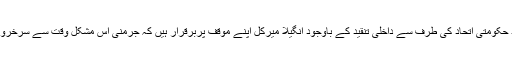
اپنے قدامت پسند حکومتی اتحاد کی طرف سے داخلی تنقید کے باوجود انگیلا میرکل اپنے موقف پربرقرار ہیں کہ جرمنی اس مشکل وقت سے سرخرو ہو کر نکلے گا۔